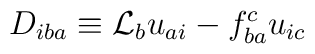
D_{iba}\equiv{\cal L}_b u_{ai}-f^{c}_{ba}u_{ic}